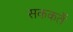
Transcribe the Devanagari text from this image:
सककर्ते